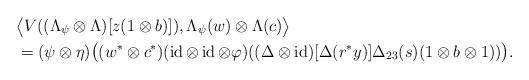
LaTeX: \begin{align*}&\bigl\langle V((\Lambda_{\psi}\otimes\Lambda)[z(1\otimes b)]),\Lambda_{\psi}(w)\otimes\Lambda(c)\bigr\rangle \\&=(\psi\otimes\eta)\bigl((w^*\otimes c^*)(\operatorname{id}\otimes\operatorname{id}\otimes\varphi)((\Delta\otimes\operatorname{id})[\Delta(r^*y)]\Delta_{23}(s)(1\otimes b\otimes1))\bigr).\end{align*}